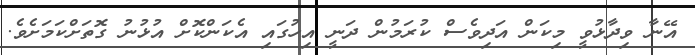
އޭނާ ވިދާޅުވީ މިކަން އަދިވެސް ކުރަމުން ދަނީ އިހުގައި އެކަންކޮށް އުޅުނު ގޮތަށްކަމަށެވެ.